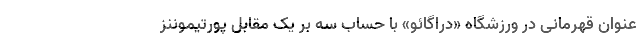
عنوان قهرمانی در ورزشگاه «دراگائو» با حساب سه بر یک مقابل پورتیموننز